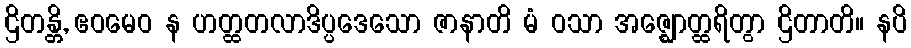
ဌိတန္တိ, ဧဝမေဝ န ဟတ္ထတလာဒိပ္ပဒေသော ဇာနာတိ မံ ဝသာ အဇ္ဈောတ္ထရိတွာ ဌိတာတိ။ နပိ